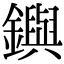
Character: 𨮔